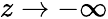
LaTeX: z\to-\infty